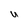
Character: U